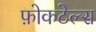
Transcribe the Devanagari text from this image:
फ़ोकटेल्स